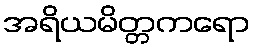
အရိယမိတ္တကရော